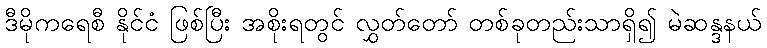
ဒီမိုကရေစီ နိုင်ငံ ဖြစ်ပြီး အစိုးရတွင် လွှတ်တော် တစ်ခုတည်းသာရှိ၍ မဲဆန္ဒနယ်